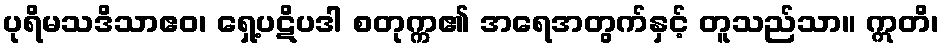
ပုရိမသဒိသာဧဝ၊ ရှေ့ပဋိပဒါ စတုက္က၏ အရေအတွက်နှင့် တူသည်သာ။ ဣတိ၊